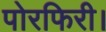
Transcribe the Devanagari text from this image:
पोरफिरी।